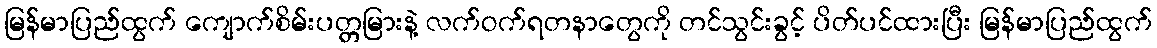
မြန်မာပြည်ထွက် ကျောက်စိမ်းပတ္တမြားနဲ့ လက်ဝက်ရတနာတွေကို တင်သွင်းခွင့် ပိတ်ပင်ထားပြီး မြန်မာပြည်ထွက်